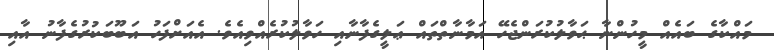
މައްކާގެ ބައެއް މީހުންނާ ޙަވާލުކުރަންޖެހޭ އަމާނާތްތައް ޢަލީގެފާނާއި ހަވާލުކުރެއްވިއެވެ. އެއަށްފަހު އަބޫބަކުރުގެފާނު އާއި